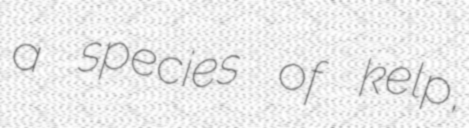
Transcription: a species of kelp,